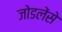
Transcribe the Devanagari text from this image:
जोडलेंसे